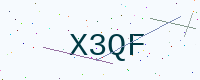
Text: X3QF